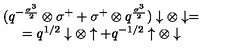
\begin{array} { c } { ( q ^ { - { \frac { \sigma ^ { 3 } } { 2 } } } \otimes \sigma ^ { + } + \sigma ^ { + } \otimes q ^ { \frac { \sigma ^ { 3 } } { 2 } } ) \downarrow \otimes \downarrow = } \\ { = q ^ { 1 / 2 } \downarrow \otimes \uparrow + q ^ { - 1 / 2 } \uparrow \otimes \downarrow } \\ \end{array}